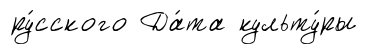
ру́сского Да́та культу́ры